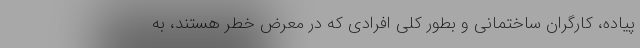
پیاده، کارگران ساختمانی و بطور کلی افرادی که در معرض خطر هستند، به